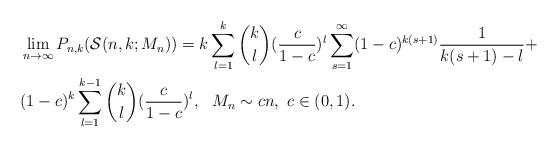
LaTeX: \begin{align*}\begin{aligned}&\lim_{n\to\infty} P_{n,k}(\mathcal{S}(n,k;M_n))=k\sum_{l=1}^k\binom kl(\frac c{1-c})^l\sum_{s=1}^\infty(1-c)^{k(s+1)}\frac 1{k(s+1)-l}+\\&(1-c)^k\sum_{l=1}^{k-1}\binom kl(\frac c{1-c})^l,\ \ M_n\sim cn,\ c\in(0,1).\end{aligned}\end{align*}